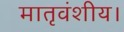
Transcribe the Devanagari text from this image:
मातृवंशीय।